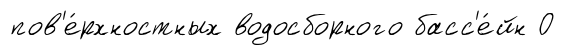
пов'е́рхностных водосборного басс'е́йн О